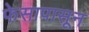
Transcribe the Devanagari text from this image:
फेसापासून